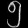
Digit: ၅